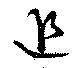
追